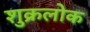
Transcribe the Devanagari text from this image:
शुक्रलोक